画像に写った文字を読んでください
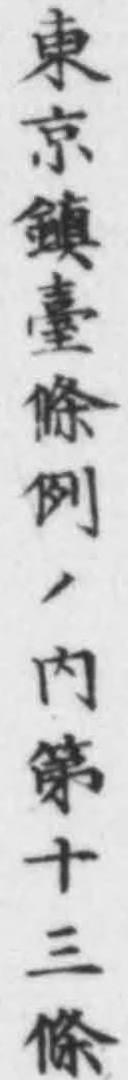
「東京鎮臺條例ノ内第十三條」と書いてあります